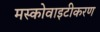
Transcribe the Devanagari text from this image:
मस्कोवाइटीकरण